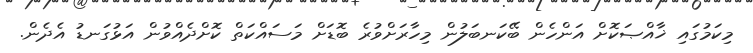
މިކަމުގައި ޚާއްޞަކޮށް އަންހެން ބޭކަނބަލުން މިހާރަށްވުރެ ބޮޑަށް މަސައްކަތް ކޮށްދެއްވުން އަޅުގަނޑު އެދެން.